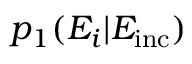
p _ { 1 } ( E _ { i } | E _ { \mathrm { i n c } } )